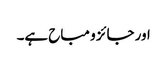
اور جائز و مباح ہے۔